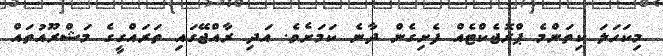
މިކަހަލަ ކިތަންމެ ޕްރޮޖެކްޓެއް ފެށިގެން ދާނެ ކަމަށެވެ. އަދި ރާއްޖޭގައި ތަރައްގީގެ މަޝްރޫއުތައް